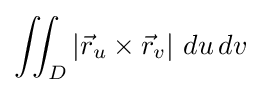
\iint _{D}\left|{\vec {r}}_{u}\times {\vec {r}}_{v}\right|\,du\,dv